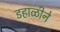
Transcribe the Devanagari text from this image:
डहाळीने